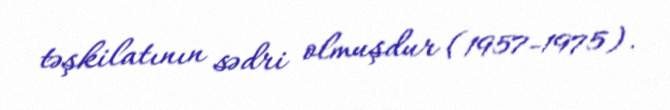
təşkilatının sədri olmuşdur (1957-1975).